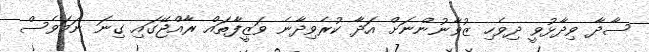
ސާދާ ވިދާާޅުވީ ދިވެހި ޒުވާނުންނަށް އަދާ ކުރެވިދާނެ ވަޒީފާތައް ރާއްޖޭގައި ގިނަ ނަމަވެސް